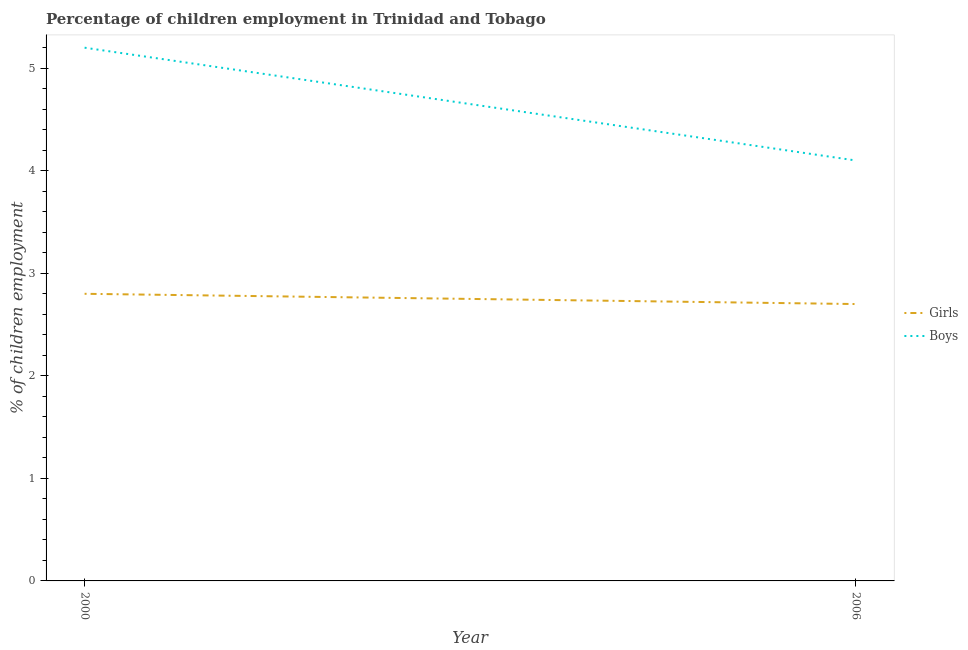
| Year | Girls | Boys |
 | --- | --- | --- |
 | 2000 | 2.8 | 5.2 |
 | 2006 | 2.7 | 4.1 |